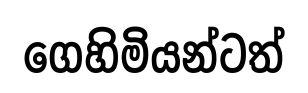
ගෙහිමියන්ටත්